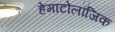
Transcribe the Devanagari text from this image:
हेमाटोलॉजिक